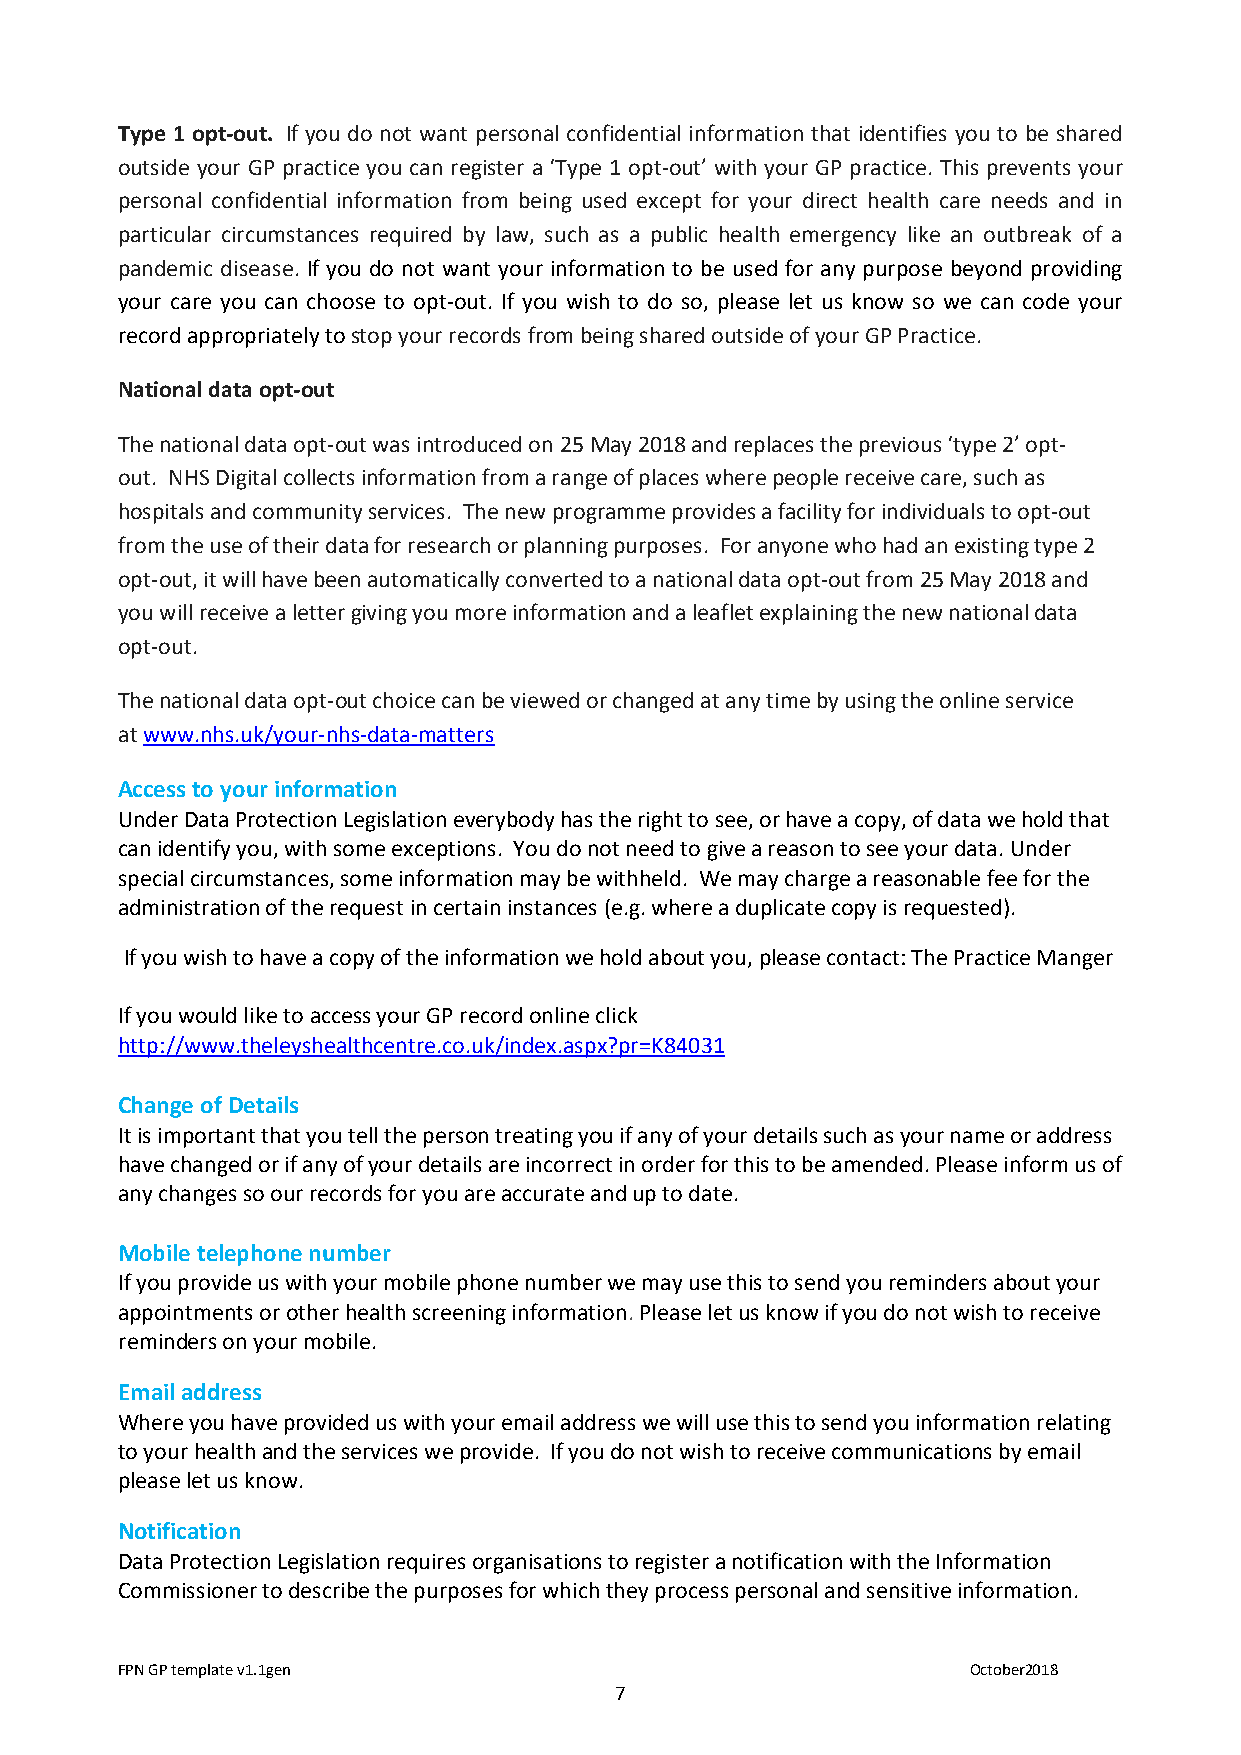
Type 1 opt-out. If you do not want personal confidential information that identifies you to be shared
 outside your GP practice you can register a ‘Type 1 opt-out’ with your GP practice. This prevents your
 personal confidential information from being used except for your direct health care needs and in
 particular circumstances required by law, such as a public health emergency like an outbreak of a
 pandemic disease. If you do not want your information to be used for any purpose beyond providing
 your care you can choose to opt-out. If you wish to do so, please let us know so we can code your
 record appropriately to stop your records from being shared outside of your GP Practice.
 National data opt-out
 The national data opt-out was introduced on 25 May 2018 and replaces the previous ‘type 2’ opt-
 out. NHS Digital collects information from a range of places where people receive care, such as
 hospitals and community services. The new programme provides a facility for individuals to opt-out
 from the use of their data for research or planning purposes. For anyone who had an existing type 2
 opt-out, it will have been automatically converted to a national data opt-out from 25 May 2018 and
 you will receive a letter giving you more information and a leaflet explaining the new national data
 opt-out.
 The national data opt-out choice can be viewed or changed at any time by using the online service
 at www.nhs.uk/your-nhs-data-matters
 Access to your information
 Under Data Protection Legislation everybody has the right to see, or have a copy, of data we hold that
 can identify you, with some exceptions. You do not need to give a reason to see your data. Under
 special circumstances, some information may be withheld. We may charge a reasonable fee for the
 administration of the request in certain instances (e.g. where a duplicate copy is requested).
 If you wish to have a copy of the information we hold about you, please contact: The Practice Manger
 If you would like to access your GP record online click
 http://www.theleyshealthcentre.co.uk/index.aspx?pr=K84031
 Change of Details
 It is important that you tell the person treating you if any of your details such as your name or address
 have changed or if any of your details are incorrect in order for this to be amended. Please inform us of
 any changes so our records for you are accurate and up to date.
 Mobile telephone number
 If you provide us with your mobile phone number we may use this to send you reminders about your
 appointments or other health screening information. Please let us know if you do not wish to receive
 reminders on your mobile.
 Email address
 Where you have provided us with your email address we will use this to send you information relating
 to your health and the services we provide. If you do not wish to receive communications by email
 please let us know.
 Notification
 Data Protection Legislation requires organisations to register a notification with the Information
 Commissioner to describe the purposes for which they process personal and sensitive information.
 FPN GP template v1.1gen                                 October2018
 7